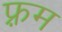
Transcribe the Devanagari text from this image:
फ़्रम